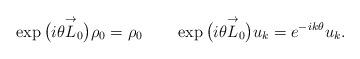
LaTeX: \begin{gather*}\exp \big(i\theta \overset{\rightarrow}{L}_0\big)\rho_0=\rho_0 \qquad\exp \big(i\theta\overset{\rightarrow}{L}_0\big)u_k=e^{-ik\theta}u_k.\end{gather*}